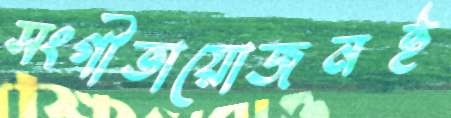
সংগীতায়োজনই